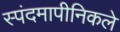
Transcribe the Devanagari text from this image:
स्पंदमापीनिकले